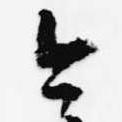
今